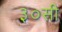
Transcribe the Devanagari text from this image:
३०सी